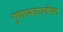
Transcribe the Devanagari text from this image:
गुणाकारातील